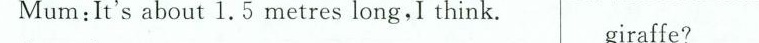
Mum:It's about 1.5 metres long,I think. giraffe?